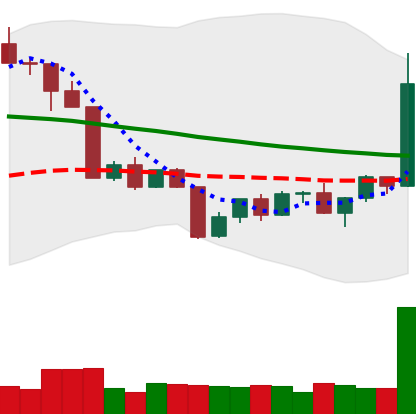
Ticker: TRX-USD
Chart end date: 2022-04-21
Forward return: -13.347%
Label: down_7plus